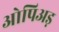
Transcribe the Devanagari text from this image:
ओपिअड़